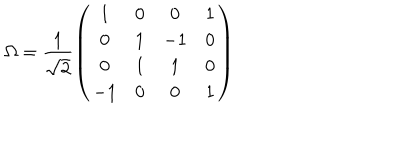
LaTeX: \Omega = \frac { 1 } { \sqrt { 2 } } \left( \begin{array} { c c c c } { { 1 } } & { { 0 } } & { { 0 } } & { { 1 } } \\ { { 0 } } & { { 1 } } & { { - 1 } } & { { 0 } } \\ { { 0 } } & { { 1 } } & { { 1 } } & { { 0 } } \\ { { - 1 } } & { { 0 } } & { { 0 } } & { { 1 } } \\ \end{array} \right)